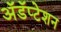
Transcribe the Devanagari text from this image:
अॅडॅप्टेशन